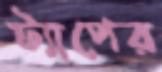
ট্যাপের